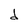
Character: d